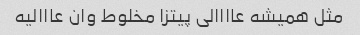
مثل همیشه عاااالی پیتزا مخلوط وان عااالیه